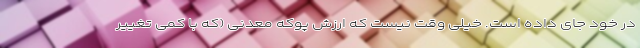
در خود جای داده است. خیلی وقت نیست که ارزش پوکه معدنی (که با کمی تغییر